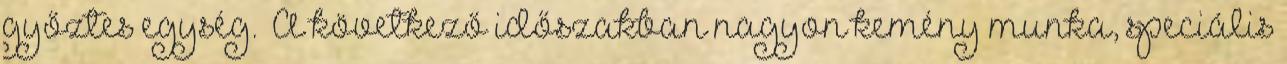
győztes egység. „A következő időszakban nagyon kemény munka, speciális